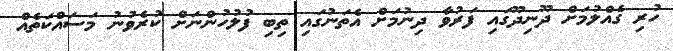
ހުރި ގެއްލުމަށް ދޫނިދޫގައި ފަރުވާ ދިނުމަށް އެތަނުގައި ތިބި ފުލުހުންނަށް ކުރެވުނު މަސައްކަތެއް